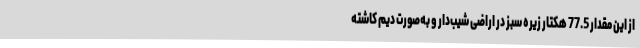
از این مقدار 77.5 هکتار زیره سبز در اراضی شیب‌دار و به‌صورت دیم کاشته